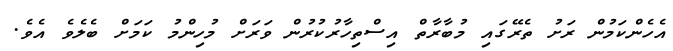
އެހެންކަމުން ރަށު ތެރޭގައި މުބާރާތް އިސްތިހާރުކުރުން ވަރަށް މުހިންމު ކަމަށް ބެލެވެ އެވެ.